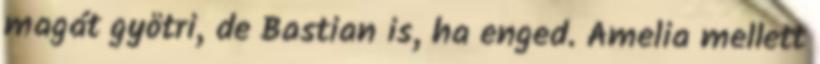
magát gyötri, de Bastian is, ha enged. Amelia mellett